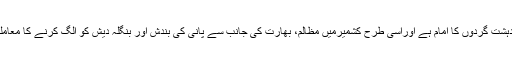
انہوں نے کہا کہ کلبھوشن دہشت گرد ہے اسے پھانسی ضرور ہونی چاہئے مودی خود دہشت گردوں کا امام ہے اوراسی طرح کشمیرمیں مظالم، بھارت کی جانب سے پانی کی بندش اور بنگلہ دیش کو الگ کرنے کا معاملہ بھی عالمی عدالت کے سامنے رکھنا چاہئے تاکہ بھارت کا مکروہ چہرہ بے نقاب ہو۔